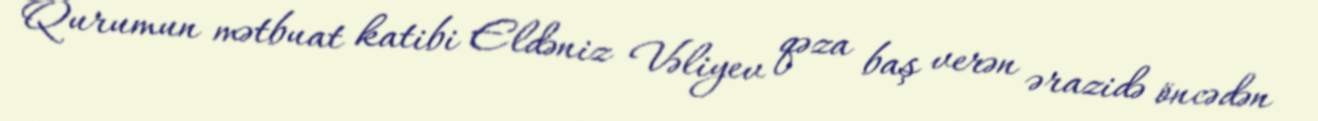
Qurumun mətbuat katibi Eldəniz Vəliyev qəza baş verən ərazidə öncədən